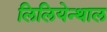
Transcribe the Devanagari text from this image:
लिलियेन्थाल